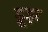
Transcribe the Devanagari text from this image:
ड्रूझ